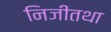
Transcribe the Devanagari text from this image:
निजीतथा